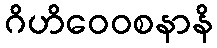
ဂိဟိဝေဝစနာနိ